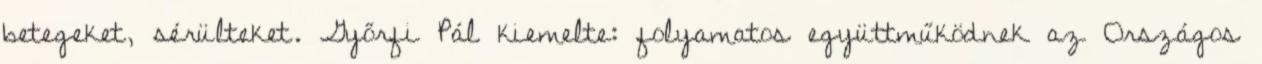
betegeket, sérülteket. Győrfi Pál kiemelte: folyamatos együttműködnek az Országos